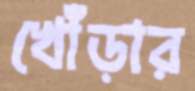
খোঁড়ার